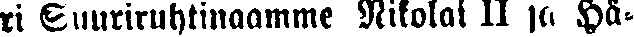
ri Suuriruhtinaame Nikolai II ja Hä-